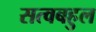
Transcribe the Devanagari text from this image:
सत्वबहुल